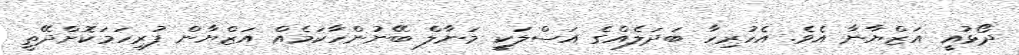
ދޯޅުއީ އަޒްޔާނާ އެވެ. އެހުރިހާ ބަދަލެއްގެ އަސްލަކީ މަނާލް ބޭނުންހާކަމެއް އަޒްޔާން ފުރިހަމަކޮށްދޭތީ